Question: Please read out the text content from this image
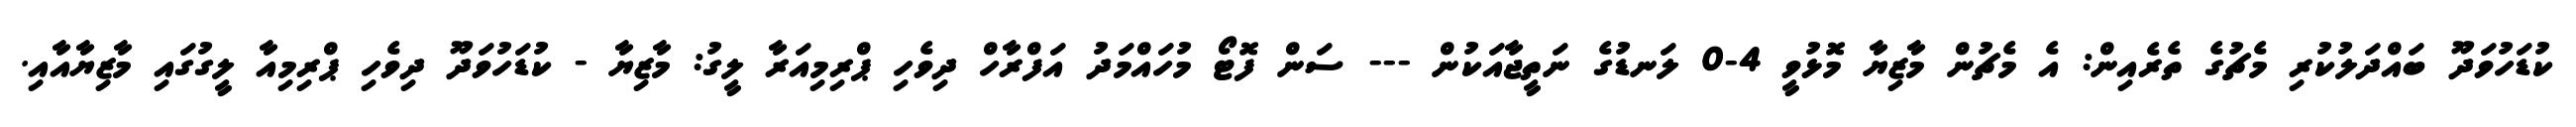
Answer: ކުޑަހުވަދޫ ބައްދަލުކުރި މެޗުގެ ތެރެއިން: އެ މެޗުން މާޒިޔާ މޮޅުވީ 4-0 ލަނޑުގެ ނަތީޖާއަކުން --- ސަން ފޮޓޯ މުހައްމަދު އަފްރާހް ދިވެހި ޕްރިމިއަރާ ލީގު: މާޒިޔާ - ކުޑަހުވަދޫ ދިވެހި ޕްރިމިއާ ލީގުގައި މާޒިޔާއާއި.